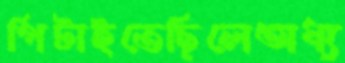
পিটাইতেছিলেঅধ্য